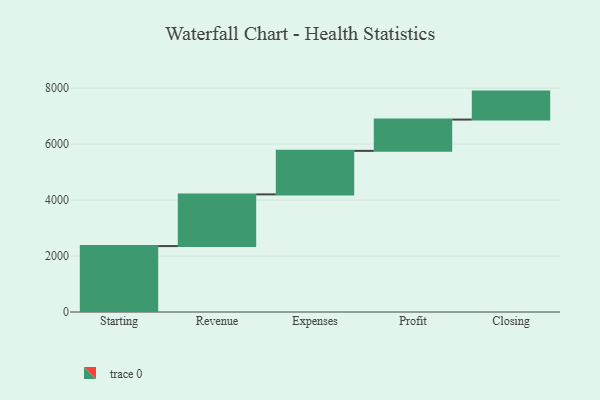
{"axis": {"x": "Step", "y": "Value"}, "legend": [""], "data": [{"x": "Starting", "y": 2356.0, "type": ""}, {"x": "Revenue", "y": 1847.0, "type": ""}, {"x": "Expenses", "y": 1556.0, "type": ""}, {"x": "Profit", "y": 1118.0, "type": ""}, {"x": "Closing", "y": 1000, "type": ""}]}